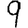
Digit: 9